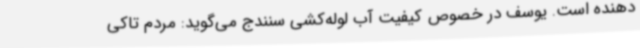
دهنده است. یوسف در خصوص کیفیت آب لوله‌کشی سنندج می‌گوید: مردم تاکی